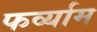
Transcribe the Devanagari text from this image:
फर्व्याम